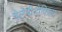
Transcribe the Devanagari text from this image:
चेलेमीडोफिला